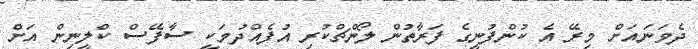
ދެވަނައަށް މިރޭ އެ ކުންފުނީގެ ފަރާތުން ލޯންޗްކުރި އުފެއްދުމަކީ ސާފޭސް ކްލީނިން އަށް